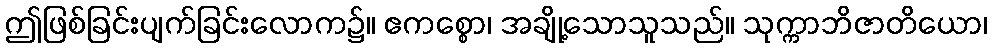
ဤဖြစ်ခြင်းပျက်ခြင်းလောက၌။ ဧကစ္စော၊ အချို့သောသူသည်။ သုက္ကာဘိဇာတိယော၊